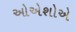
ઓએશોએ